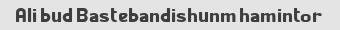
Ali bud Bastebandishunm hamintor